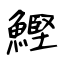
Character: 鰹